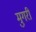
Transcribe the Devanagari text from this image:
मुगरी